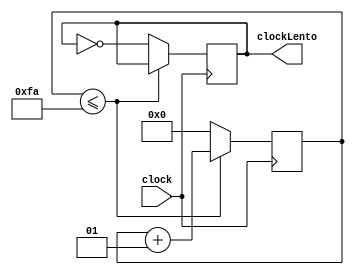
module Etapa1_DivisorDeFrequencia(
	input clock,
	output reg clockLento
);

integer contador;

always @ (posedge clock)
	begin
		if (contador<=250) begin
			contador = contador + 1;
		end else begin
			clockLento<=!clockLento;
			contador=0;
		end
	end
endmodule